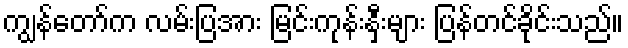
ကျွန်တော်က လမ်းပြအား မြင်းကုန်းနှီးများ ပြန်တင်ခိုင်းသည်။